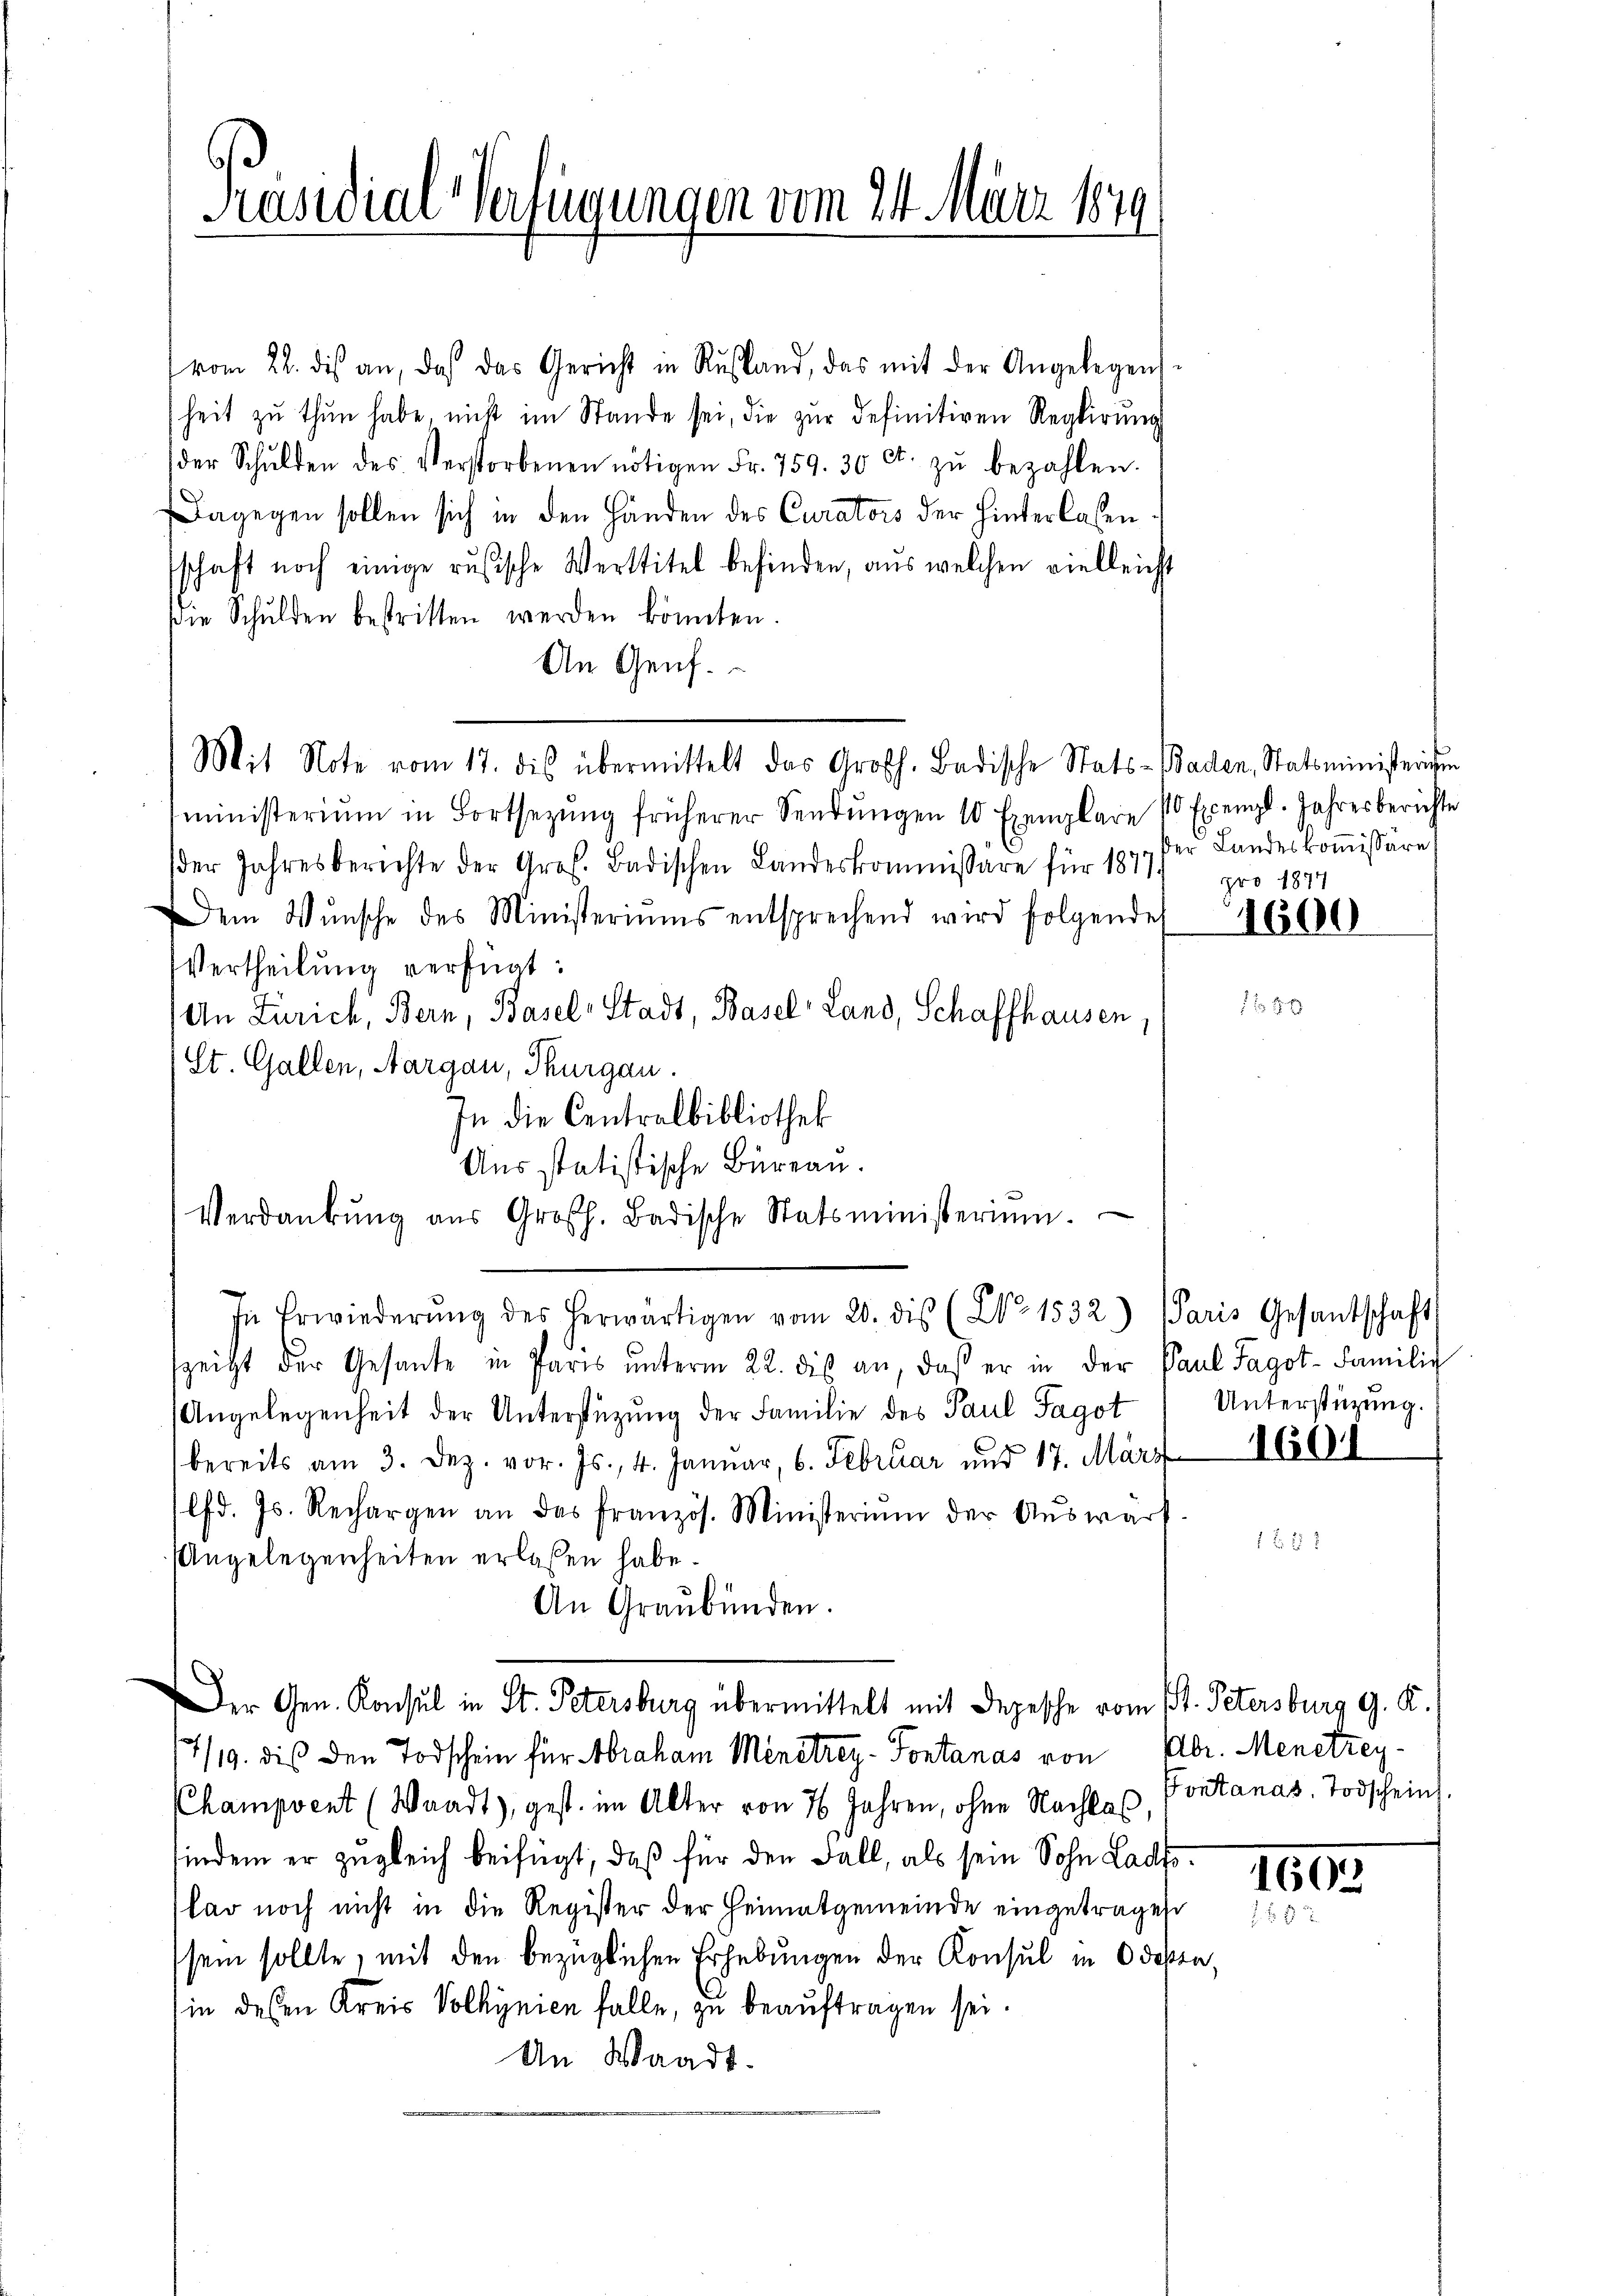
Präsidial-Verfügungen vom 24. März 1849

vom 22. dis an, das das Gericht in Rŭsland, das mit der Angelegens-
heit zu thun habe, nicht im Stande sei, die zur Definitiven Reglirung
der Schulden des Verstorbenen nötigen Fr. 759. 30 ct. zŭ bezahlen.
Dagegen sollen sich in den Händen des Curators der hinterlassen
schaft noch einige rusische Werttitel befinden, aus welchen vielleicht
Die Schulden bestritten werden könnten.
An Genf.
Mit Note vom 17. dis übermittelt das Großh. Badische Stats- Baden, Statsministerichen
ministerium in Fortsetzŭng früherer Sendŭngen 10 Exemplare 10 Exempl. Jahresberichte
der Jahresberichte der Gros. Badischen Landeskommissäre für 1877/ 1874
em Wunsche des Ministeriŭms entsprechend wird folgende 3000
Vertheilung verfügt:
An Zürich, Bern, Basel-Stadt, Basel Land, Schaffhausen,
(St. Gallen, Aargau, Thurgau.
In die Centralbibliothek
Aus statistische Büreau.
Verdankŭng aŭs Großh. Badische Statsministerium.
In Erwiederŭng des herwärtigen vom 20. dis (No 1532.) Paris Gesantschaft
szeitt der Gesante in Paris ŭnterm 22. des an, daß er in der Paul Fagot-Familie
Angelegenheit der Unterstüzung der Familie des Paul Sagot
bereits am 3. Dez. vor. Js., 4. Januar, 6. Februar und 17. März
lfd. Js. Rechargen an das französ. Ministeriŭm der Aŭswärf
Angelegenheiten erlassen habe.
An Graubünden.
Der Gen. Konsul in St. Petersburg übermittelt mit Depesche vom 1. Petersburg G. K.
7/19. dies den Todschein für Abraham Menstrey-Sontanas von dr. Menetzey¬
Champvent (Waadt), gest. im Alter von 16 Jahren, ohne Nachlaβ, Pontanas, Todscheins
findem er zugleich beifügt, daß für den Fall, als sein Sohn Ladiskar noch nicht in die Register der Heimatgemeinde eingetragen
sein sollte, mit den bezüglichen Erhebungen der Konsul in 6 deßen,
in dessen Kreis Volkynien falle, zu beauftragen sei.
An Waadt.

der Landeskommissäre

1

Unterstüzung.

1601

1605
1. f. 18